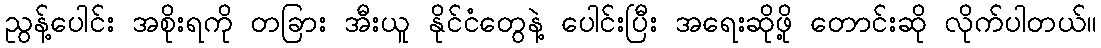
ညွန့်ပေါင်း အစိုးရကို တခြား အီးယူ နိုင်ငံတွေနဲ့ ပေါင်းပြီး အရေးဆိုဖို့ တောင်းဆို လိုက်ပါတယ်။